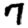
Digit: 7